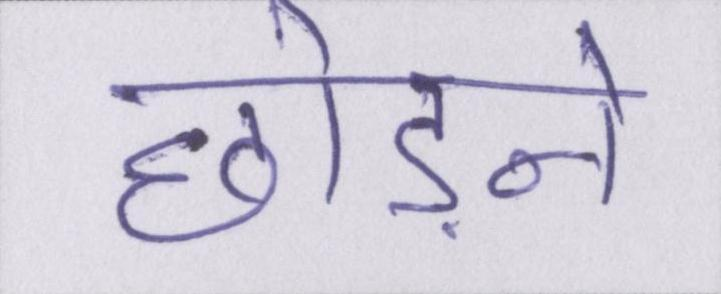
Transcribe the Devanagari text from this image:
छोड़ने